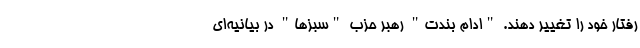
رفتار خود را تغییر دهند. "ادام بندت" رهبر حزب "سبزها" در بیانیه‌ای